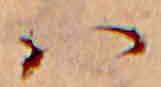
ハ